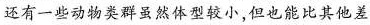
还有一些动物类群虽然体型较小，但也能比其他差